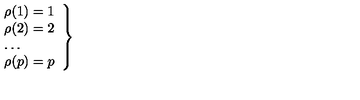
\left. \begin{array} { l } { \rho ( 1 ) = 1 } \\ { \rho ( 2 ) = 2 } \\ { \ldots } \\ { \rho ( p ) = p } \\ \end{array} \right\}